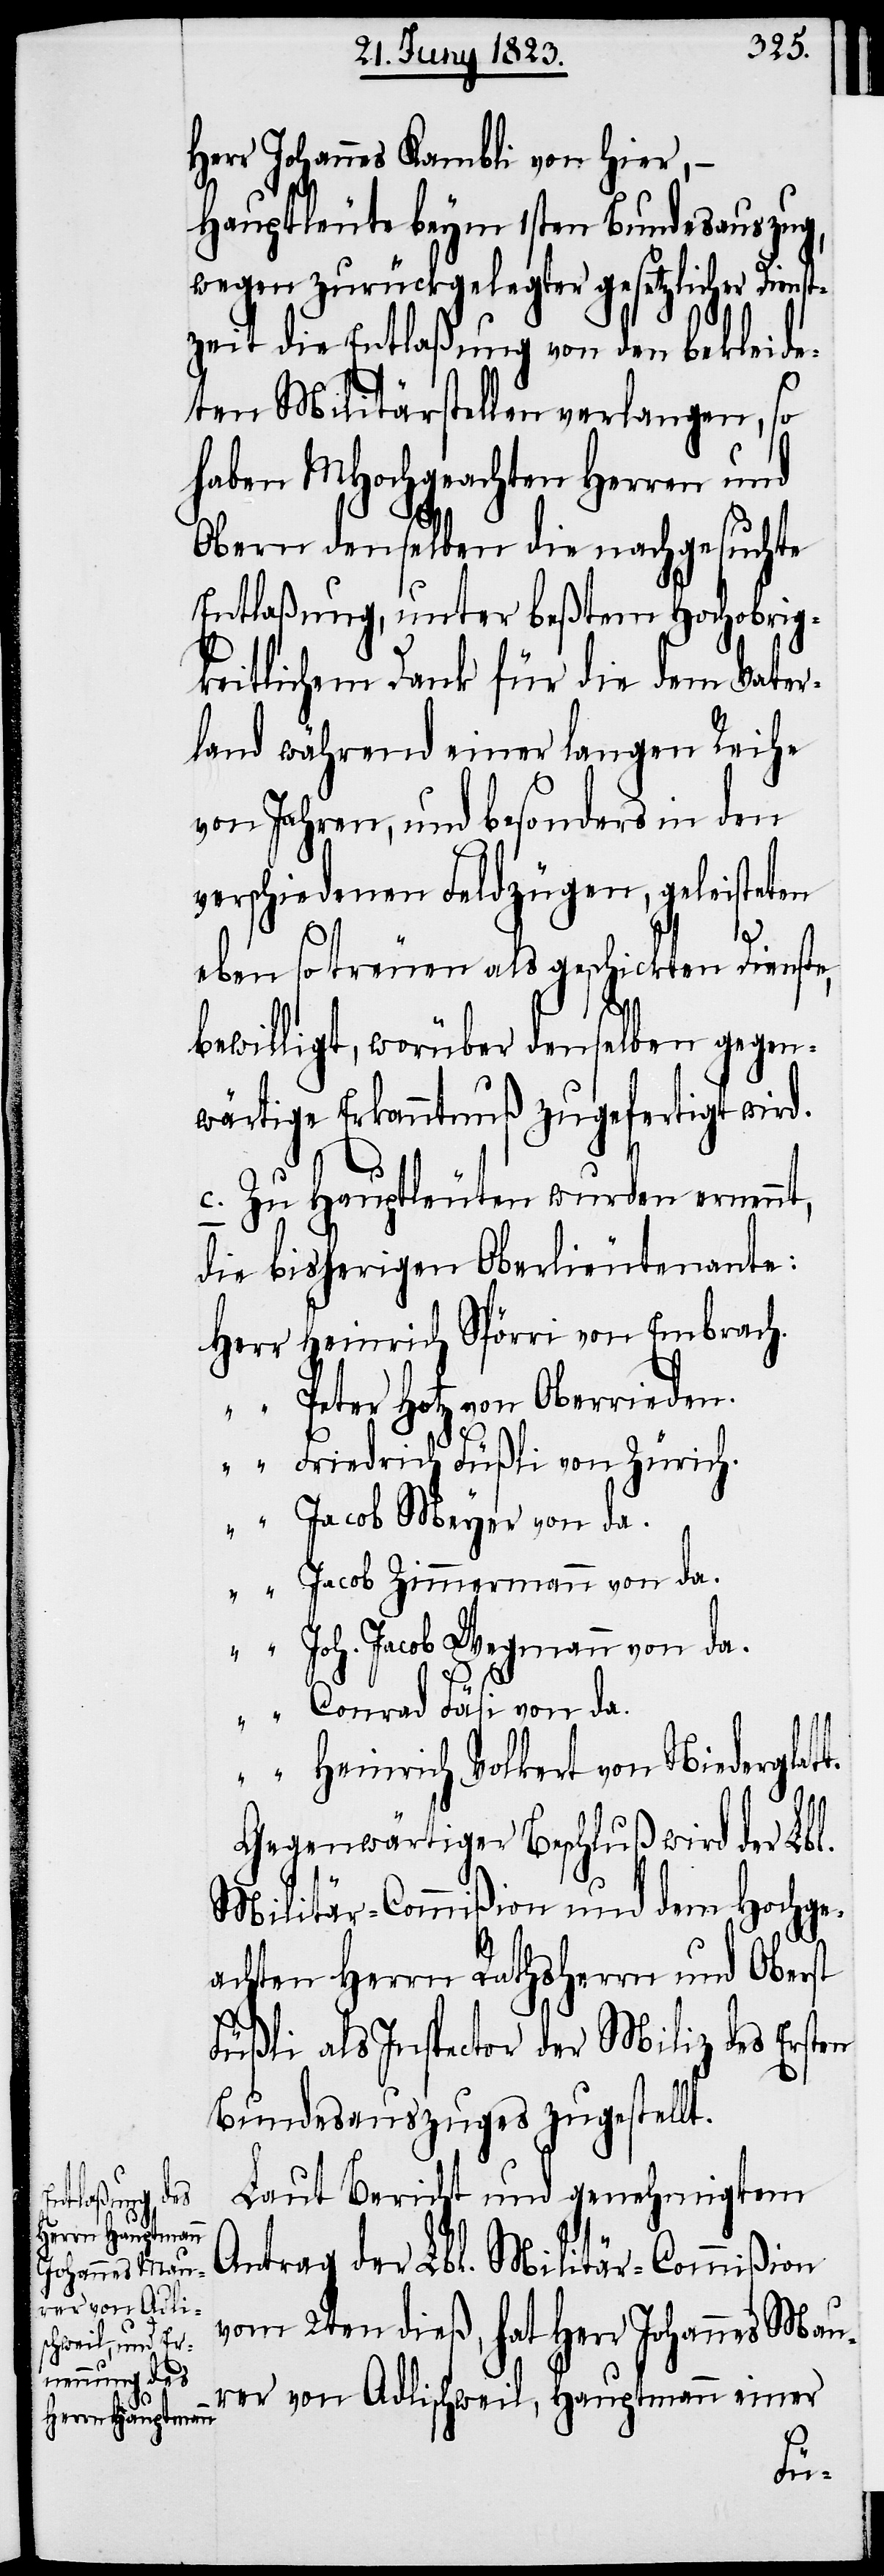
Herr Johannes Kambli von hier, –
Hauptleute beym 1sten Bundesauszug,
wegen zurückgelegter gesetzlicher
Dienst¬
zeit die Entlaßung von den bekleide¬
ten Militärstellen verlangen, so
haben MHochgeachten Herren und
Obern denselben die nachgesuchte
Entlaßung, unter beßtem Hochobrig¬
keitlichem Dank für die dem Vater¬
land während einer langen Reihe
von Jahren, und besonders in den
verschiedenen Feldzügen, geleisteten
eben so treuen als geschickten Dienste,
bewilligt, worüber denselben gegen¬
wärtige Erkanntnuß zugefertigt wird.
c. Zu Hauptleuten wurden ernennt,
die bisherigen Oberlieutenante:
Heinrich Spörri von Embrach.
Peter Hotz von Oberrieden.
Friedrich Füßi von Zürich.
Jacob Meyer von da.
Jacob Zimmermann von da.
Joh. Jacob Wegmann von da.
Conrad Fäsi von da.
Heinrich Volkert von Niederglat¬
t.
Gegenwärtiger Beschluß wird der Lbl.
Militär-Commißion und dem Hochge¬
achten Herrn Rathsherrn und Oberst
Füßli als Inspector der Miliz des Ersten
Bundesauszuges zugestellt.
Laut Bericht und genehmigtem
Antrag der Lbl. Militär-Commißion
vom 2ten dieß, hat Herr Johannes Mau¬
rer von Adlischweil, Hauptmann einer
Herr